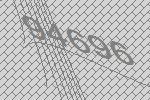
94696